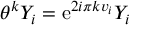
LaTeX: \theta ^ { k } Y _ { i } = \mathrm { e } ^ { 2 i \pi k v _ { i } } Y _ { i }